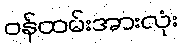
ဝန်ထမ်းအားလုံး